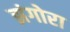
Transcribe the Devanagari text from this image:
झंगोरा